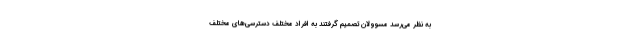
به نظر می‌رسد مسوولان تصمیم گرفتند به افراد مختلف دسترسی‌های مختلف